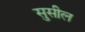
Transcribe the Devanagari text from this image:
सुसील